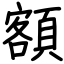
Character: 額